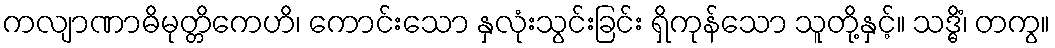
ကလျာဏာဓိမုတ္တိကေဟိ၊ ကောင်းသော နှလုံးသွင်းခြင်း ရှိကုန်သော သူတို့နှင့်။ သဒ္ဓိံ၊ တကွ။